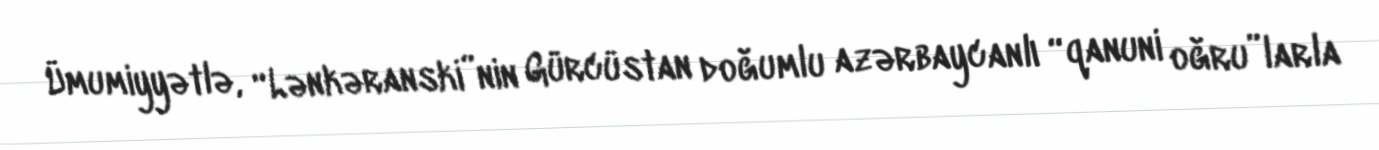
Ümumiyyətlə, “Lənkəranski”nin Gürcüstan doğumlu azərbaycanlı “qanuni oğru”larla